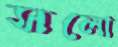
সলো